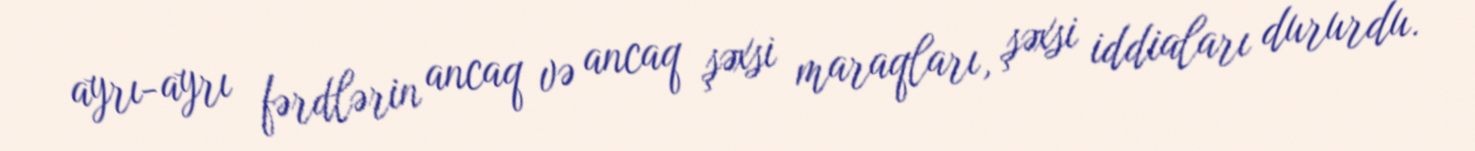
ayrı-ayrı fərdlərin ancaq və ancaq şəxsi maraqları, şəxsi iddiaları dururdu.